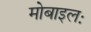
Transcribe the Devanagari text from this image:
मोबाइलः